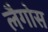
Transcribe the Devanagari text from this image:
लैगोस